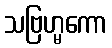
သဗြဟ္မကော